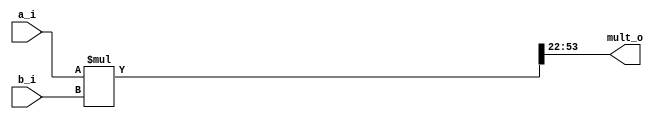
// Name: mult.v
//
// Fixed point multiplier A(a , b ) = A(9,22)
//                        M(ap, bp) = M(19,44)
//						  left_lim  = bp + a = 44 + 9 = 53
//						  right_lim	= bp - b = 44 - 22 = 22

module mult #(
   parameter Width = 32,
   parameter Ent = 9,
   parameter Frac = 22
) (
  input  signed [Width-1:0] a_i,
  input  signed [Width-1:0] b_i,
  output signed [Width-1:0] mult_o
);

  wire [Width*2-1:0] temp;

  assign temp = a_i * b_i; 
  assign mult_o = temp[Frac*2+Ent:Frac];		

endmodule